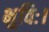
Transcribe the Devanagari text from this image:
भुविः।